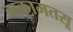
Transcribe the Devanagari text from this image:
वाकामतसू